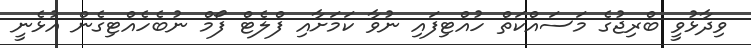
ވިދާޅުވީ ބްރިޖުގެ މަސައްކަތް ހުއްޓިފައި ނުވާ ކަމަށާއި ފްލެޓް ފޯމް ނުބެހެއްޓިގެން އުޅެނީ